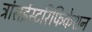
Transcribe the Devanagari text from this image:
ट्रांसईस्टरिफिकेशन